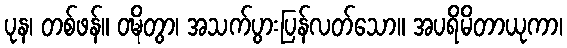
ပုန၊ တစ်ဖန်။ ဝဍ္ဎိတွာ၊ အသက်ပွားပြန်လတ်သော။ အပရိမိတာယုကာ၊